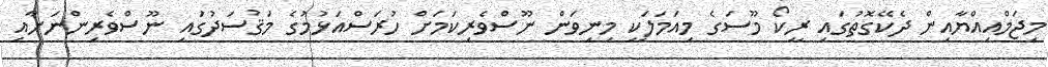
މިޖަމްއިއްޔާއިން ދެކޭގޮތުގައި ރީކޯ މޫސަގެ މިއަމަލަކީ މިނިވަން ނޫސްވެރިކަމަށް ހުރަސްއަޅުމުގެ މަޤުސަދުގައި ނޫސްވެރިންނަށާއި